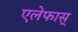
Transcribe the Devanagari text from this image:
एलेफास्